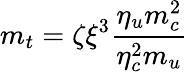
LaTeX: m_{t}=\zeta\xi^{3}\frac{\eta_{u}m_{c}^{2}}{\eta_{c}^{2}m_{u}}